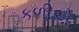
કળીએ